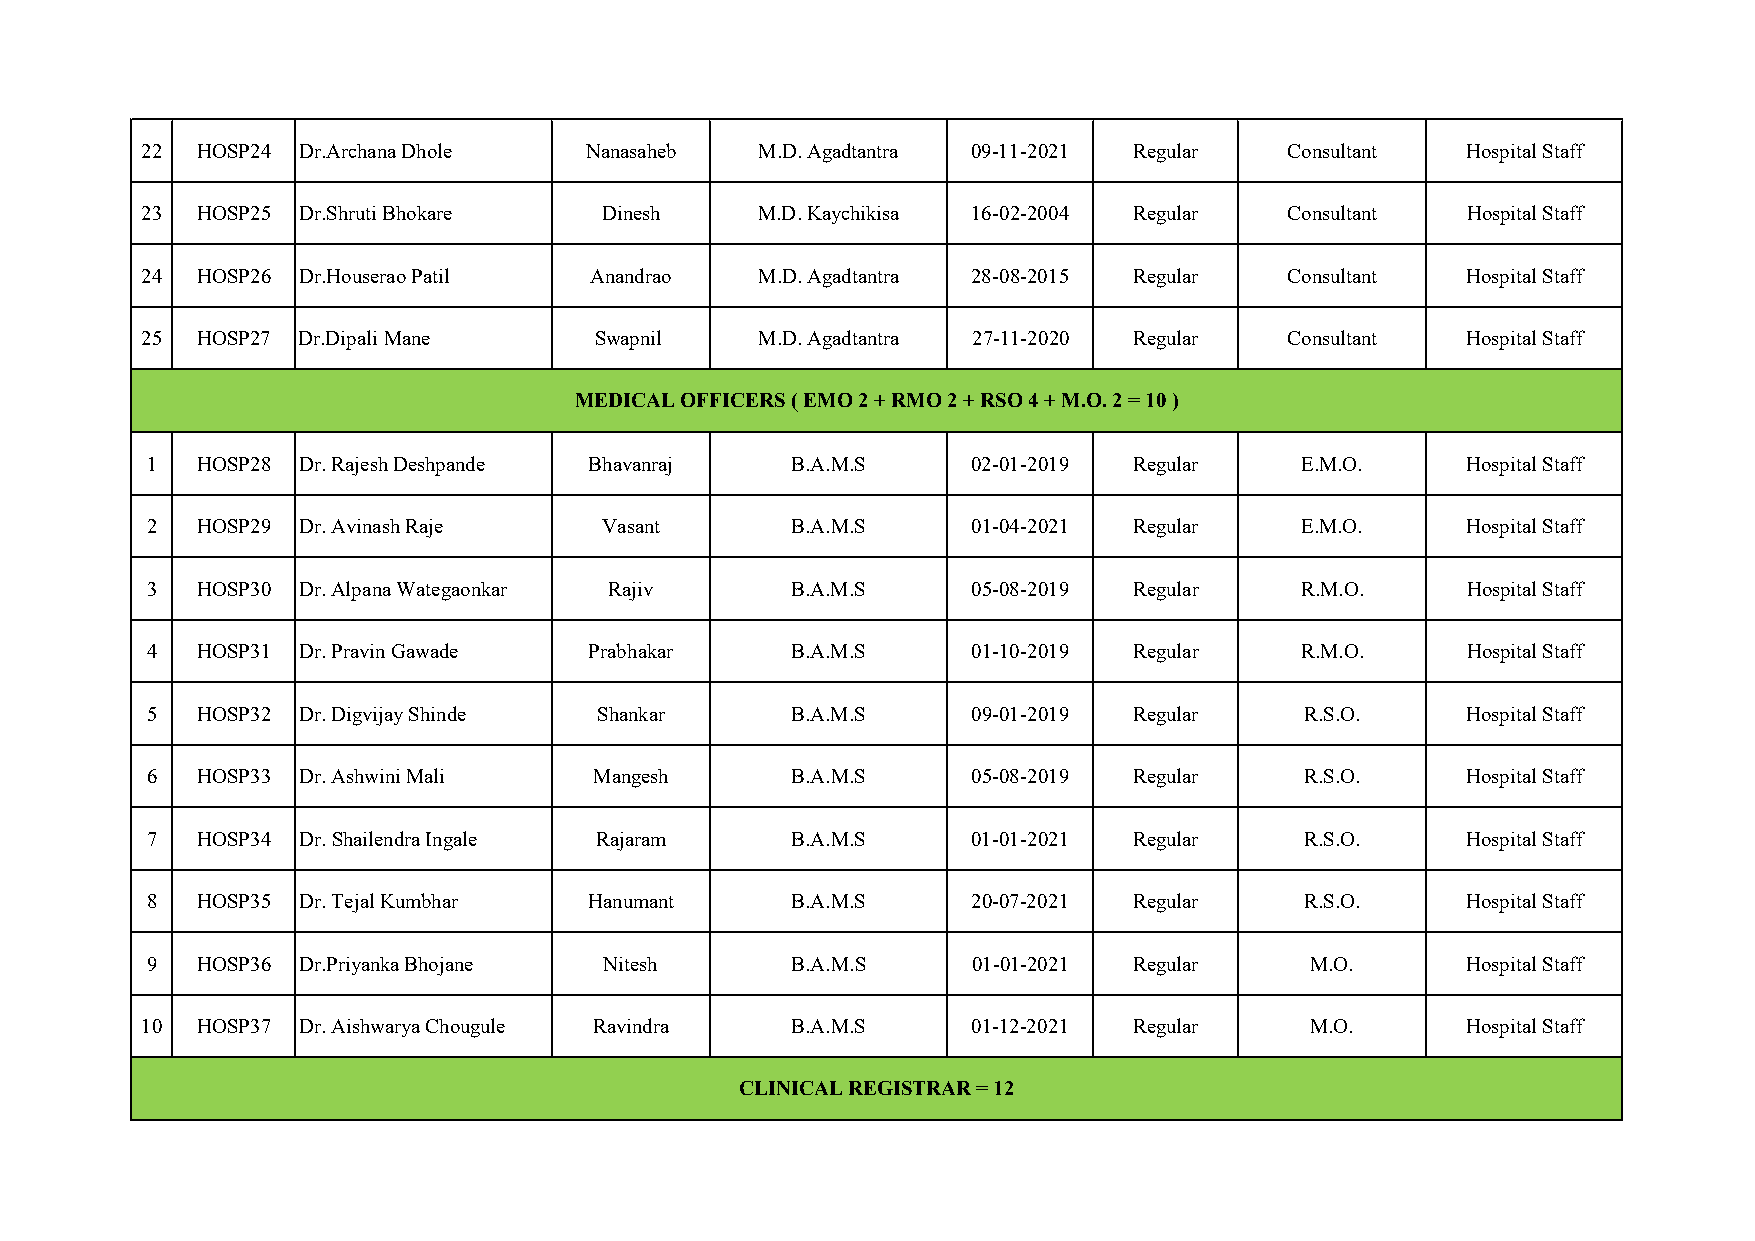
22  HOSP24 Dr.Archana Dhole   Nanasaheb  M.D. Agadtantra 09-11-2021 Regular Consultant  Hospital Staff
 23  HOSP25 Dr.Shruti Bhokare   Dinesh    M.D. Kaychikisa 16-02-2004 Regular Consultant  Hospital Staff
 24  HOSP26 Dr.Houserao Patil  Anandrao   M.D. Agadtantra 28-08-2015 Regular Consultant  Hospital Staff
 25  HOSP27 Dr.Dipali Mane     Swapnil    M.D. Agadtantra 27-11-2020 Regular Consultant  Hospital Staff
 MEDICAL OFFICERS ( EMO 2 + RMO 2 + RSO 4 + M.O. 2 = 10 )
 1  HOSP28 Dr. Rajesh Deshpande Bhavanraj  B.A.M.S     02-01-2019 Regular    E.M.O.     Hospital Staff
 2  HOSP29 Dr. Avinash Raje    Vasant      B.A.M.S     01-04-2021 Regular    E.M.O.     Hospital Staff
 3  HOSP30 Dr. Alpana Wategaonkar Rajiv    B.A.M.S     05-08-2019 Regular    R.M.O.     Hospital Staff
 4  HOSP31 Dr. Pravin Gawade  Prabhakar    B.A.M.S     01-10-2019 Regular    R.M.O.     Hospital Staff
 5  HOSP32 Dr. Digvijay Shinde Shankar     B.A.M.S     09-01-2019 Regular    R.S.O.     Hospital Staff
 6  HOSP33 Dr. Ashwini Mali   Mangesh      B.A.M.S     05-08-2019 Regular    R.S.O.     Hospital Staff
 7  HOSP34 Dr. Shailendra Ingale Rajaram   B.A.M.S     01-01-2021 Regular    R.S.O.     Hospital Staff
 8  HOSP35 Dr. Tejal Kumbhar  Hanumant     B.A.M.S     20-07-2021 Regular    R.S.O.     Hospital Staff
 9  HOSP36 Dr.Priyanka Bhojane Nitesh      B.A.M.S     01-01-2021 Regular     M.O.      Hospital Staff
 10  HOSP37 Dr. Aishwarya Chougule Ravindra B.A.M.S     01-12-2021 Regular     M.O.      Hospital Staff
 CLINICAL REGISTRAR = 12